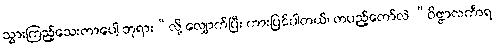
သွားကြည့်သေးတာပေါ့ ဘုရား”လို့ လျှောက်ပြီး ကားပြင်ပါတယ်၊ တပည့်တော်လဲ “ဝိဇ္ဇာလင်္ကာရ